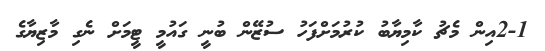
2-1އިން މެޗު ކާމިޔާބު ކުރުމަށްފަހު ސުޒޭން ބުނީ ގައުމީ ޓީމަށް ނެގި މާޒިޔާގެ